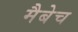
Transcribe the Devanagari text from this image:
मैबेच